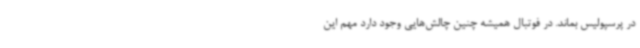
در پرسپولیس بماند. در فوتبال همیشه چنین چالش‌هایی وجود دارد مهم این